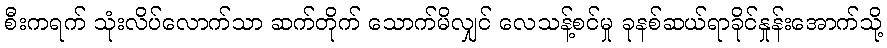
စီးကရက် သုံးလိပ်လောက်သာ ဆက်တိုက် သောက်မိလျှင် လေသန့်စင်မှု ခုနစ်ဆယ်ရာခိုင်နှုန်းအောက်သို့